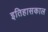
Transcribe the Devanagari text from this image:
इतिहासकाल